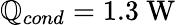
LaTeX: \mathbb{Q}_{cond}=1.3\textrm{{~W}}